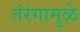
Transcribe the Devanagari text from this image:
तंरंगामुळे